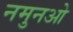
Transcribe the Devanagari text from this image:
नमुनओ